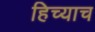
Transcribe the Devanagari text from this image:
हिच्याच